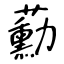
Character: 蘍